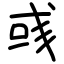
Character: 彧